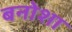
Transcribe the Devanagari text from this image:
बनोशा